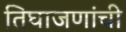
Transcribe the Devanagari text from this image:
तिघाजणांची